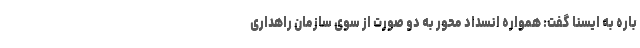
باره به ایسنا گفت: همواره انسداد محور به دو صورت از سوی سازمان راهداری